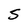
Character: 5